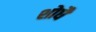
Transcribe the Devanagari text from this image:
शोधै